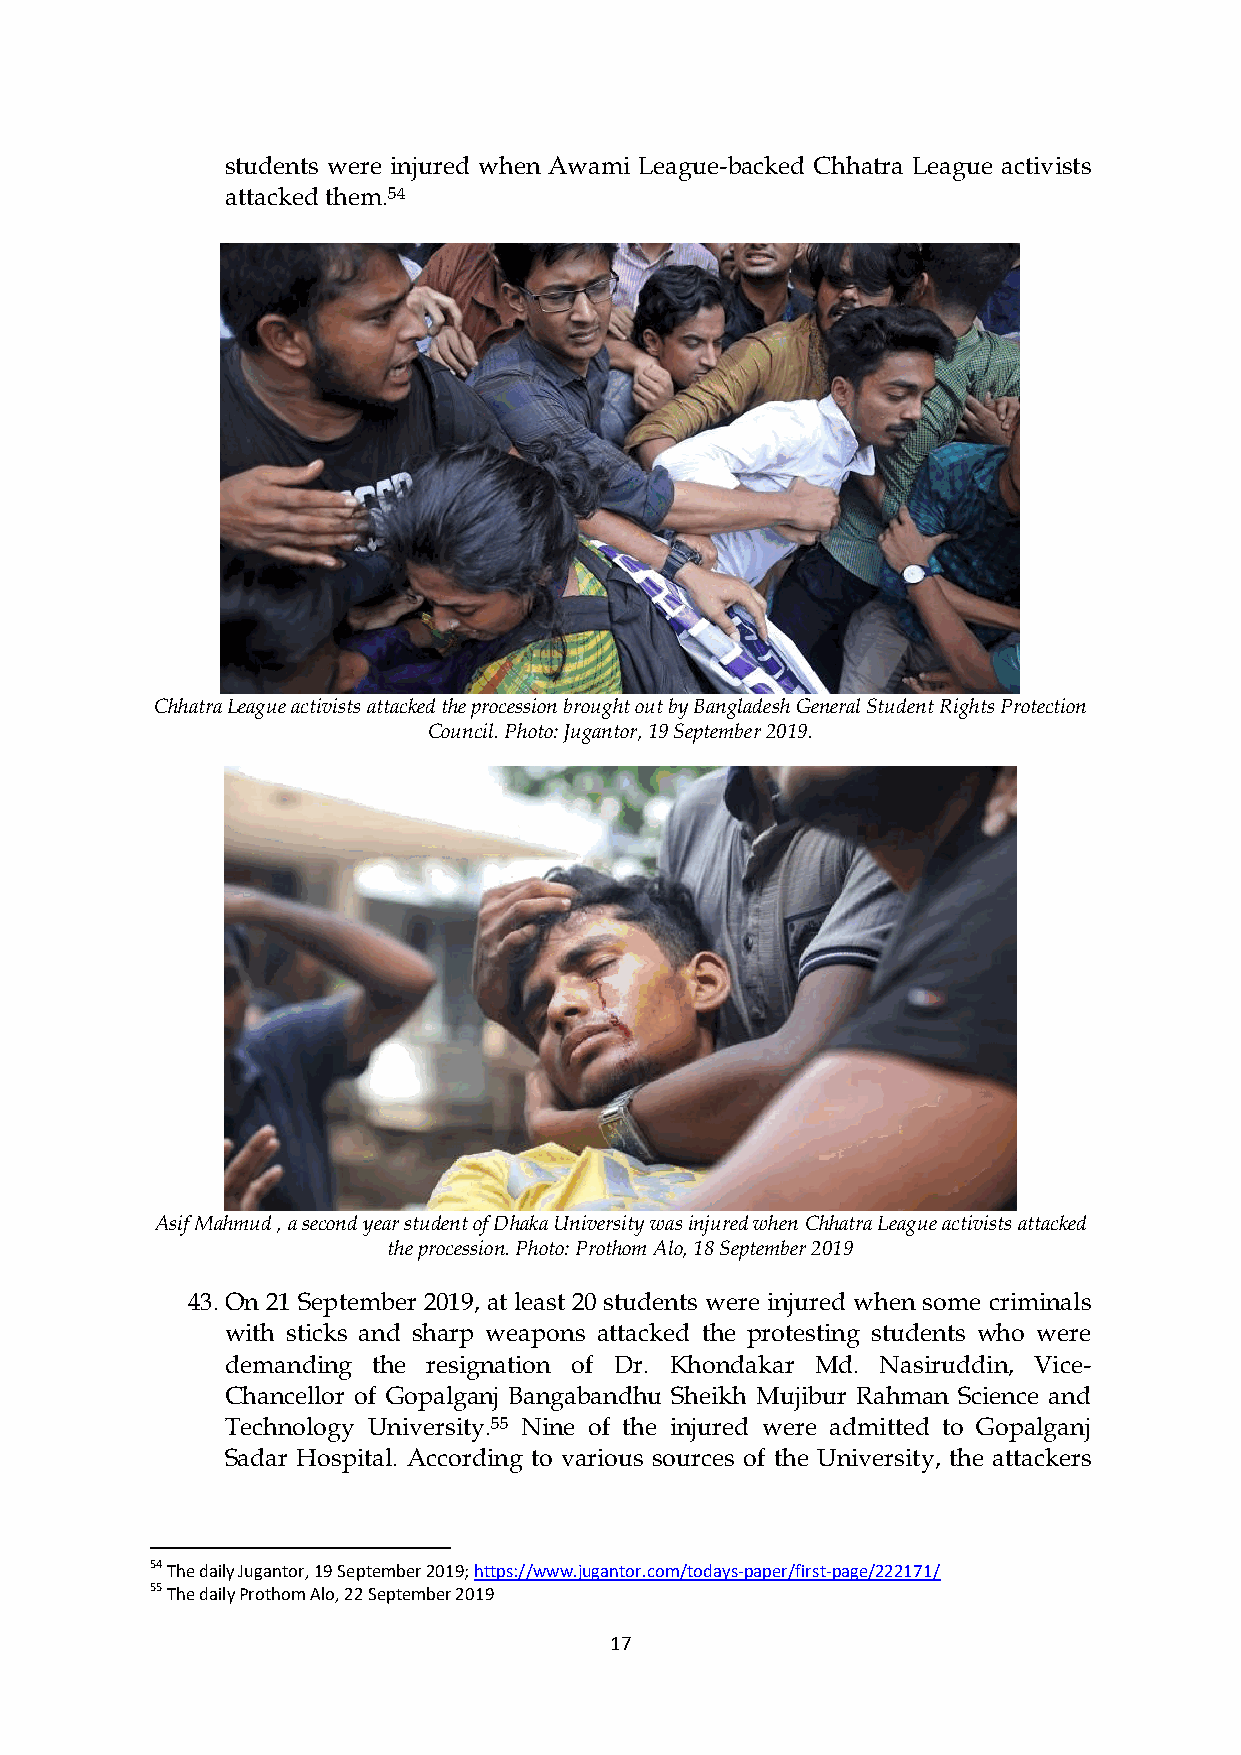
students were injured when Awami League-backed Chhatra League activists
 attacked them.54
 Chhatra League activists attacked the procession brought out by Bangladesh General Student Rights Protection
 Council. Photo: Jugantor, 19 September 2019.
 Asif Mahmud , a second year student of Dhaka University was injured when Chhatra League activists attacked
 the procession. Photo: Prothom Alo, 18 September 2019
 43. On 21 September 2019, at least 20 students were injured when some criminals
 with sticks and sharp weapons attacked the protesting students who were
 demanding the resignation of Dr. Khondakar Md. Nasiruddin, Vice-
 Chancellor of Gopalganj Bangabandhu Sheikh Mujibur Rahman Science and
 Technology University.55 Nine of the injured were admitted to Gopalganj
 Sadar Hospital. According to various sources of the University, the attackers
 54 The daily Jugantor, 19 September 2019; https://www.jugantor.com/todays-paper/first-page/222171/
 55 The daily Prothom Alo, 22 September 2019
 17